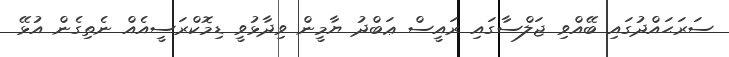
ސަރަޙައްދުގައި ބޭއްވި ޖަލްސާގައި ރައީސް ޢަބްދު ޔާމީން ވިދާޅުވީ ޑިމޮކްރަސީއެއް ނެތިގެން އުޅޭ